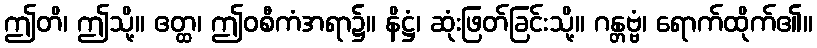
ဤတိ၊ ဤသို့။ ဧတ္ထ၊ ဤဝစီကံအရာ၌။ နိဋ္ဌံ၊ ဆုံးဖြတ်ခြင်းသို့။ ဂန္တဗ္ဗံ၊ ရောက်ထိုက်၏။